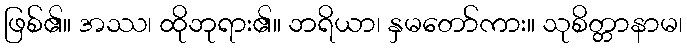
ဖြစ်၏။ အဿ၊ ထိုဘုရား၏။ ဘရိယာ၊ နှမတော်ကား။ သုစိတ္တာနာမ၊